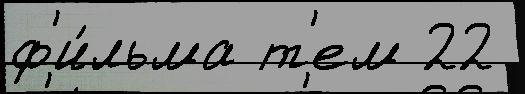
ф'и́льма т'ем 22